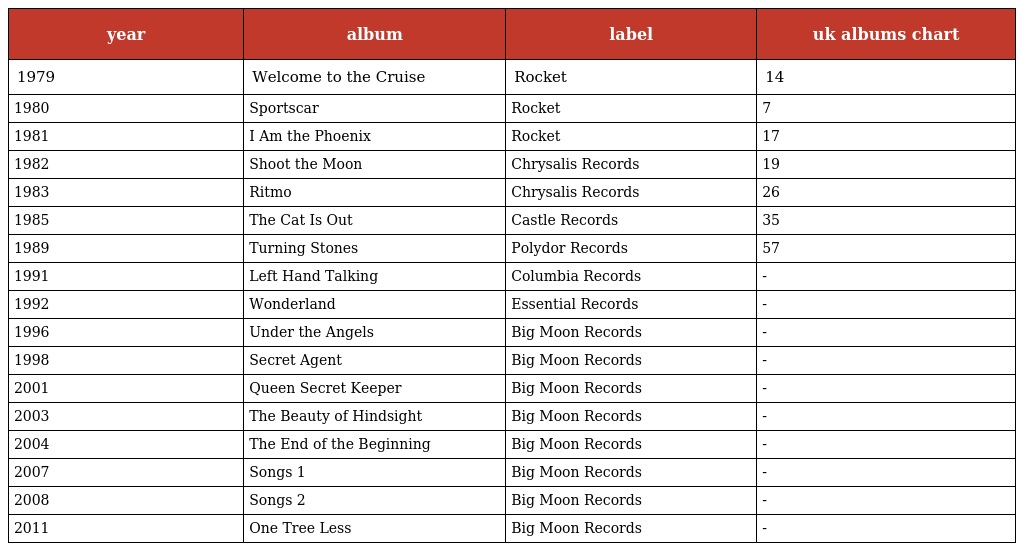
| year | album | label | uk albums chart |
 | --- | --- | --- | --- |
 | 1979 | Welcome to the Cruise | Rocket | 14 |
 | 1980 | Sportscar | Rocket | 7 |
 | 1981 | I Am the Phoenix | Rocket | 17 |
 | 1982 | Shoot the Moon | Chrysalis Records | 19 |
 | 1983 | Ritmo | Chrysalis Records | 26 |
 | 1985 | The Cat Is Out | Castle Records | 35 |
 | 1989 | Turning Stones | Polydor Records | 57 |
 | 1991 | Left Hand Talking | Columbia Records | - |
 | 1992 | Wonderland | Essential Records | - |
 | 1996 | Under the Angels | Big Moon Records | - |
 | 1998 | Secret Agent | Big Moon Records | - |
 | 2001 | Queen Secret Keeper | Big Moon Records | - |
 | 2003 | The Beauty of Hindsight | Big Moon Records | - |
 | 2004 | The End of the Beginning | Big Moon Records | - |
 | 2007 | Songs 1 | Big Moon Records | - |
 | 2008 | Songs 2 | Big Moon Records | - |
 | 2011 | One Tree Less | Big Moon Records | - |